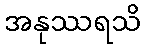
အနုဿရသိ